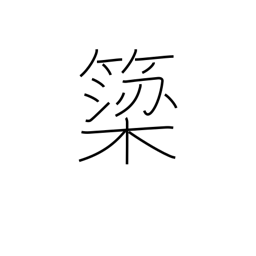
Meaning: weir